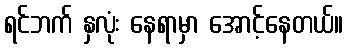
ရင်ဘက် နှလုံး နေရာမှာ အောင့်နေတယ်။